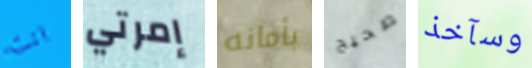
انت إمرتي بأمانه صحيح وسآخذ